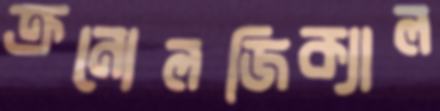
ক্রনোলজিক্যাল